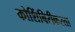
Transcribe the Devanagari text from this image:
कोशिंबिरीकरता